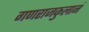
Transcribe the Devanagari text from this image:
गणराजकुलानं